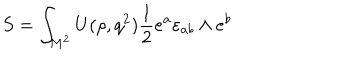
S = \int _ { M ^ { 2 } } ^ { } U ( \rho , q ^ { 2 } ) { \frac { 1 } { 2 } } e ^ { a } \varepsilon _ { a b } \wedge e ^ { b }